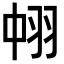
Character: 𮊹